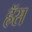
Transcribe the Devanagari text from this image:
हॅस